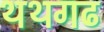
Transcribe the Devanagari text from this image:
थथगढ